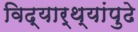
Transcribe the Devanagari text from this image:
विद्यार्थ्यांपुढे